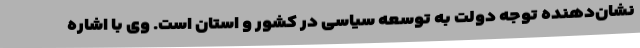
نشان‌دهنده توجه دولت به توسعه سیاسی در کشور و استان است. وی با اشاره